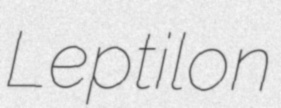
Leptilon